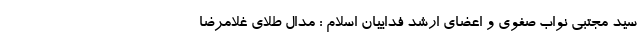
سید مجتبی نواب صفوی و اعضای ارشد فداییان اسلام : مدال طلای غلامرضا